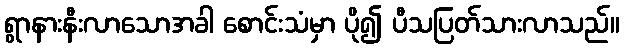
ရွာနားနီးလာသောအခါ စောင်းသံမှာ ပို၍ ပီသပြတ်သားလာသည်။